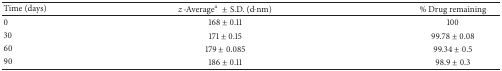
<table><thead><tr><td><b>Time (days)</b></td><td><b><i>z</i>-Average<sup>a</sup>± S.D. (d<i>·</i>nm)</b></td><td><b>% Drug remaining</b></td></tr></thead><tbody><tr><td>0</td><td>168 ± 0.11</td><td>100</td></tr><tr><td>30</td><td>171 ± 0.15</td><td>99.78 ± 0.08</td></tr><tr><td>60</td><td>179 ± 0.085</td><td>99.34 ± 0.5</td></tr><tr><td>90</td><td>186 ± 0.11</td><td>98.9 ± 0.3</td></tr></tbody></table>